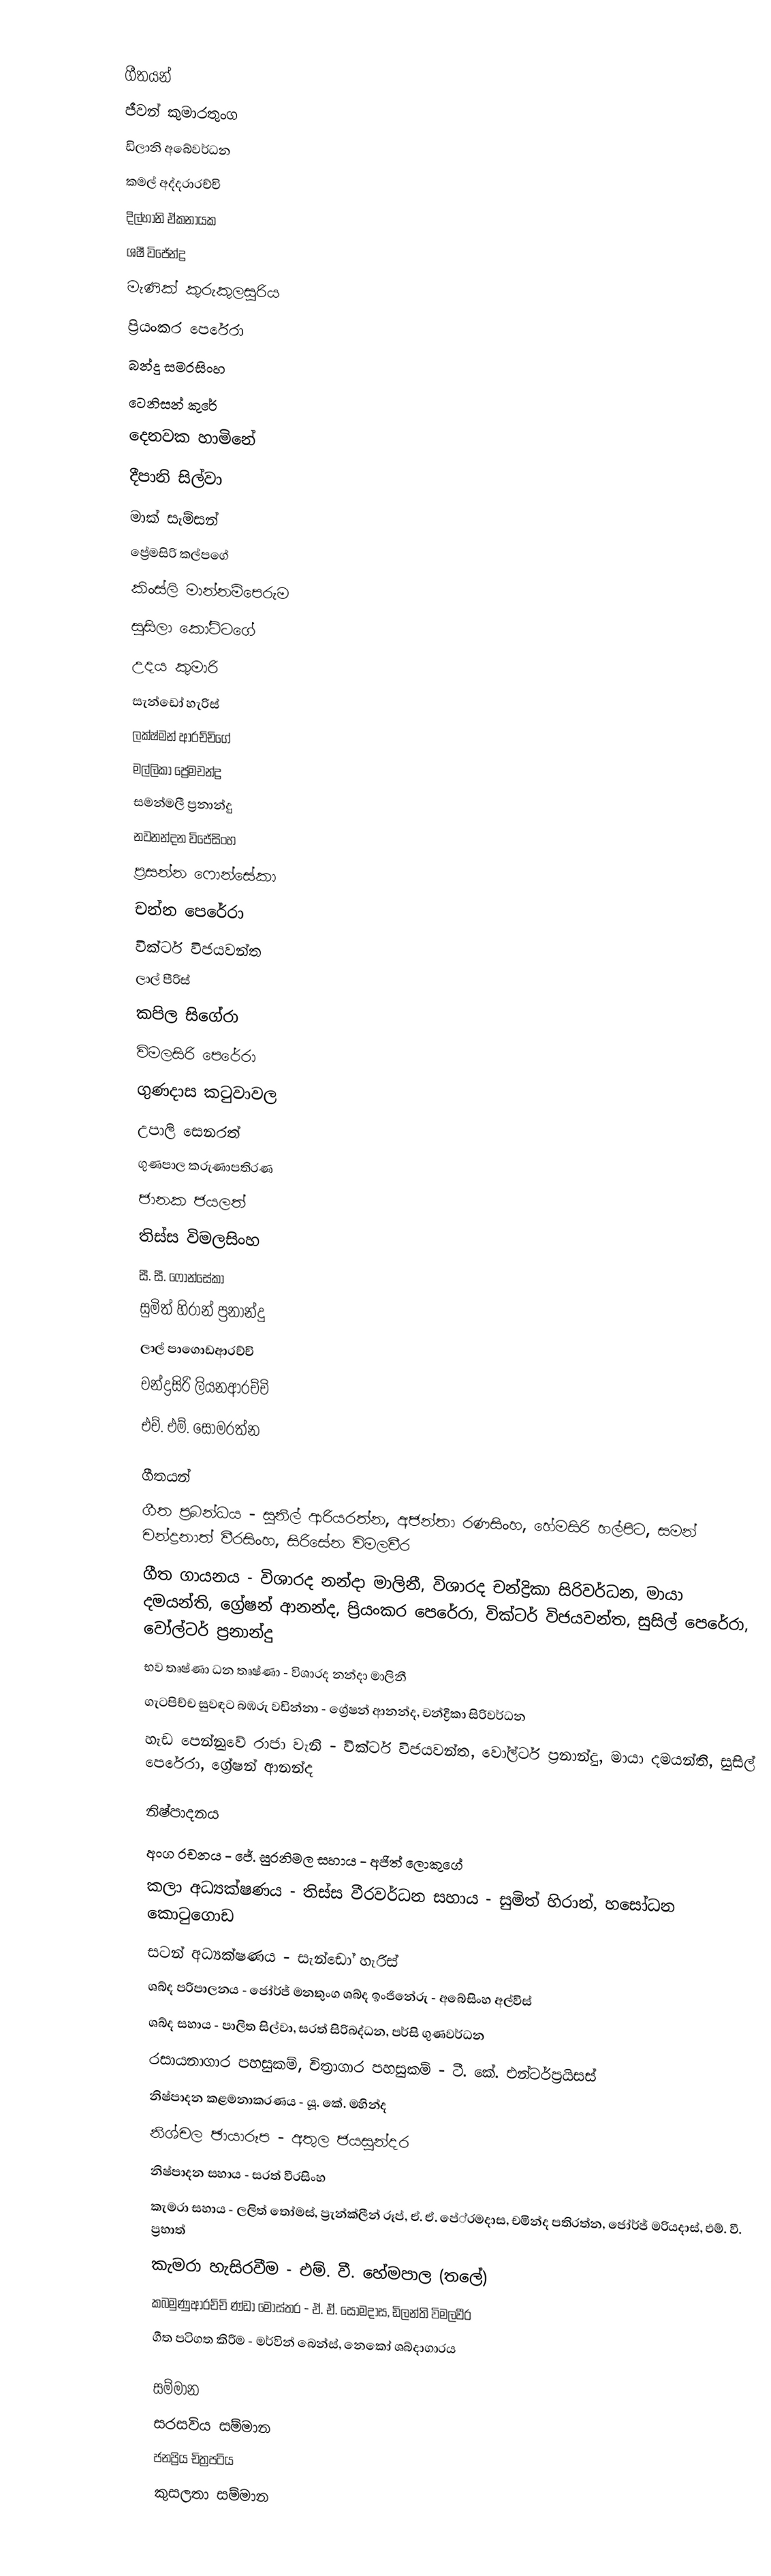

ගීතයන්
ජීවන් කුමාරතුංග
ඩිලානි අබේවර්ධන
කමල් අද්දරාරච්චි
දිල්හානි ඒකනායක
ශෂී විජේන්ද්‍ර
මැණික් කුරුකුලසූරිය
ප්‍රියංකර පෙරේරා
බන්දු සමරසිංහ
ටෙනිසන් කුරේ
දෙනවක හාමිනේ
දීපානි සිල්වා
මාක් සැම්සන්
ප්‍රේමසිරි කල්පගේ
කිංස්ලි මාන්නම්පෙරුම
සුසිලා කෝට්ටගේ
උදය කුමාරි
සැන්ඩෝ හැරිස්
ලක්ෂ්මන් ආරච්චිගේ
මල්ලිකා ප්‍රේමචන්ද්‍ර
සමන්මලී ප්‍රනාන්දු
නවනන්දන විජේසිංහ
ප්‍රසන්න ෆොන්සේකා
චන්න පෙරේරා
වික්ටර් විජයවන්ත
ලාල් පීරිස්
කපිල සිගේරා
විමලසිරි පෙරේරා
ගුණදාස කටුවාවල
උපාලි සෙනරත්
ගුණපාල කරුණාපතිරණ
ජානක ජයලත්
තිස්ස විමලසිංහ
සී. සී. ෆොන්සේකා
සුමිත් හිරාන් ප්‍රනාන්දු
ලාල් පාගොඩආරච්චි
චන්ද්‍රසිරි ලියනආරච්චි
එච්. එම්. සෝමරත්න

ගීතයන්
ගීත ප්‍රබන්ධය - සුනිල් ආරියරත්න, අජන්තා රණසිංහ, හේමසිරි හල්පිට, සමන් චන්ද්‍රනාත් වීරසිංහ, සිරිසේන විමලවීර
ගීත ගායනය - විශාරද නන්දා මාලිනී, විශාරද චන්ද්‍රිකා සිරිවර්ධන, මායා දමයන්ති, ග්‍රේෂන් ආනන්ද, ප්‍රියංකර පෙරේරා, වික්ටර් විජයවන්ත, සුසිල් පෙරේරා, වෝල්ටර් ප්‍රනාන්දු
භව තෘෂ්ණා ධන තෘෂ්ණා - විශාරද නන්දා මාලිනී
ගැටපිච්ච සුවඳට බඹරු වඩින්නා - ග්‍රේෂන් ආනන්ද, චන්ද්‍රිකා සිරිවර්ධන
හැඩ පෙන්නුවේ රාජා වැනි - වික්ටර් විජයවන්ත, වෝල්ටර් ප්‍රනාන්දු, මායා දමයන්ති, සුසිල් පෙරේරා, ග්‍රේෂන් ආනන්ද

නිෂ්පාදනය
අංග රචනය - ජේ. සුරනිමල සහාය - අජිත් ලොකුගේ
කලා අධ්‍යක්ෂණය - තිස්ස වීරවර්ධන සහාය - සුමිත් හිරාන්, හසෝධන කොටුගොඩ
සටන් අධ්‍යක්ෂණය - සැන්ඩෝ හැරිස්
ශබ්ද පරිපාලනය - ජෝර්ජ් මනතුංග ශබ්ද ඉංජිනේරු - අබේසිංහ අල්විස්
ශබ්ද සහාය - පාලිත සිල්වා, සරත් සිරිබද්ධන, පර්සි ගුණවර්ධන
රසායනාගාර පහසුකම්, චිත්‍රාගාර පහසුකම් - ටී. කේ. එන්ටර්ප්‍රයිසස්
නිෂ්පාදන කළමනාකරණය - යූ. කේ. මහින්ද
නිශ්චල ඡායාරූප - අතුල ජයසුන්දර
නිෂ්පාදන සහාය - සරත් වීරසිංහ
කැමරා සහාය - ලලිත් තෝමස්, ප්‍රැන්ක්ලීන් රූප්, ඒ. ඒ. පේ‍්‍රමදාස, චමින්ද පතිරත්න, ජෝර්ජ් මරියදාස්, එම්. වී. ප්‍රභාත්
කැමරා හැසිරවීම - එම්. වී. හේමපාල (තලේ)
කබමුණුආරච්චි ණ්ඩා මෝස්තර - ඒ. ඒ. සෝමදාස, ඩිලන්ති විමලවීර
ගීත පටිගත කිරීම - මර්වින් බෙන්ස්, නෙකෝ ශබ්දාගාරය

සම්මාන
සරසවිය සම්මාන
 ජනප්‍රිය චිත්‍රපටිය
 කුසලතා සම්මාන